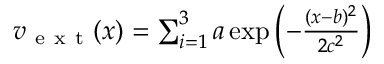
\begin{array} { r } { v _ { \mathrm { ~ e ~ x ~ t ~ } } ( x ) = \sum _ { i = 1 } ^ { 3 } a \exp \left( - \frac { ( x - b ) ^ { 2 } } { 2 c ^ { 2 } } \right) } \end{array}